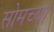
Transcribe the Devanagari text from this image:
सोमच्या